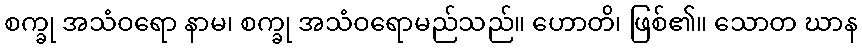
စက္ခု အသံဝရော နာမ၊ စက္ခု အသံဝရောမည်သည်။ ဟောတိ၊ ဖြစ်၏။ သောတ ဃာန